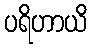
ပရိဟာယိ